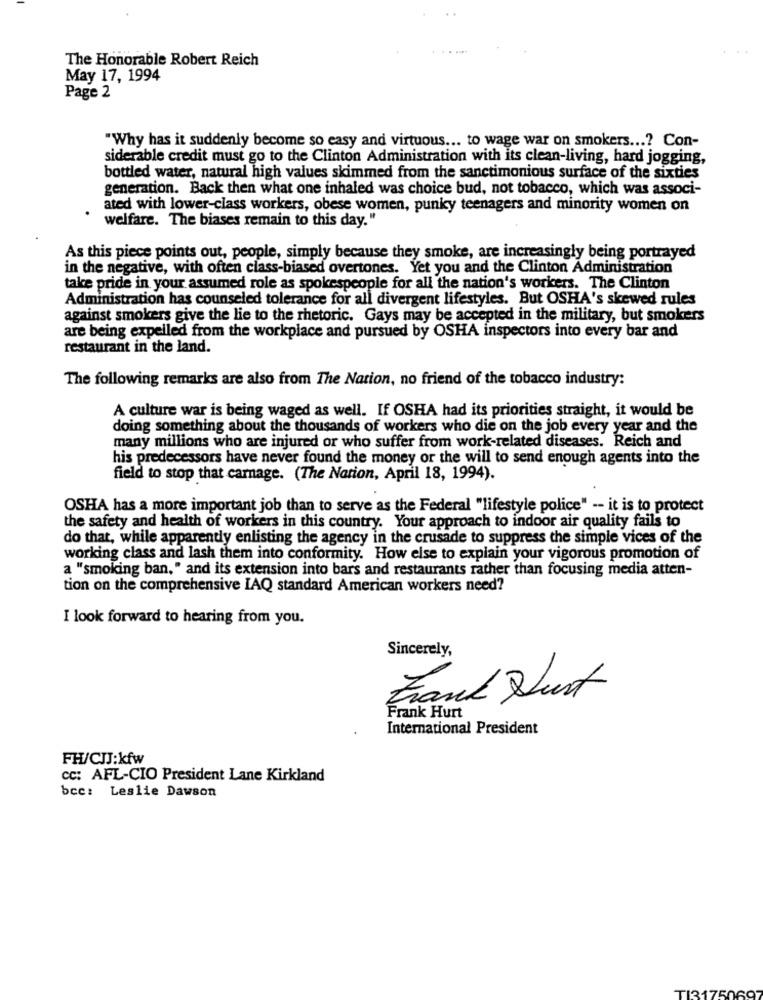
The Honorable Robert Reich
May 17, 1994
Page 2
"Why has it suddenly become so easy and virtuous ... to wage war on smokers ...? Con-
siderable credit must go to the Clinton Administration with its clean-living, hard jogging,
bottled water, natural high values skimmed from the sanctimonious surface of the sixties
generation. Back then what one inhaled was choice bud, not tobacco, which was associ-
ated with lower-class workers, obese women, punky teenagers and minority women on
welfare. The biases remain to this day."
As this piece points out, people, simply because they smoke, are increasingly being portrayed
in the negative, with often class-biased overtones. Yet you and the Clinton Administration
take pride in your assumed role as spokespeople for all the nation's workers. The Clinton
Administration has counseled tolerance for all divergent lifestyles. But OSHA's skewed rules
against smokers give the lie to the rhetoric. Gays may be accepted in the military, but smokers
are being expelled from the workplace and pursued by OSHA inspectors into every bar and
restaurant in the land.
The following remarks are also from The Nation, no friend of the tobacco industry:
A culture war is being waged as well. If OSHA had its priorities straight, it would be
doing something about the thousands of workers who die on the job every year and the
many millions who are injured or who suffer from work-related diseases. Reich and
his predecessors have never found the money or the will to send enough agents into the
field to stop that carnage. (The Nation, April 18, 1994).
OSHA has a more important job than to serve as the Federal "lifestyle police" -- it is to protect
the safety and health of workers in this country. Your approach to indoor air quality fails to
do that, while apparently enlisting the agency in the crusade to suppress the simple vices of the
working class and lash them into conformity. How else to explain your vigorous promotion of
a "smoking ban," and its extension into bars and restaurants rather than focusing media atten-
tion on the comprehensive IAQ standard American workers need?
I look forward to hearing from you.
Sincerely,
Frank Dust
Frank Hurt
International President
FH/CJJ:kfw
cc: AFL-CIO President Lane Kirkland
bcc: Leslie Dawson
TI3175069